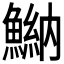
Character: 𩹾